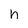
Character: n